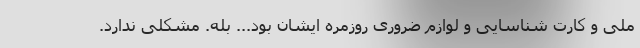
ملی و کارت شناسایی و لوازم ضروری روزمره ایشان بود... بله. مشکلی ندارد.